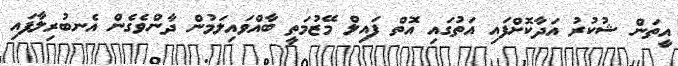
އީތަން ޝުކުރު އަދާކޮށްފައި އަތުގައި އޮތް ފައިލް މޭޒުމަތީ ބާއްވައިލަމުން ދާންވެގެން އެނބުރިލާފައި